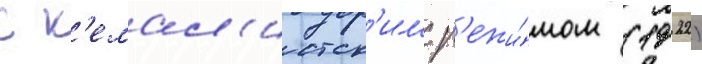
с к'емал'истск'им р'ежи́мом (1922)